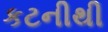
કટનીથી